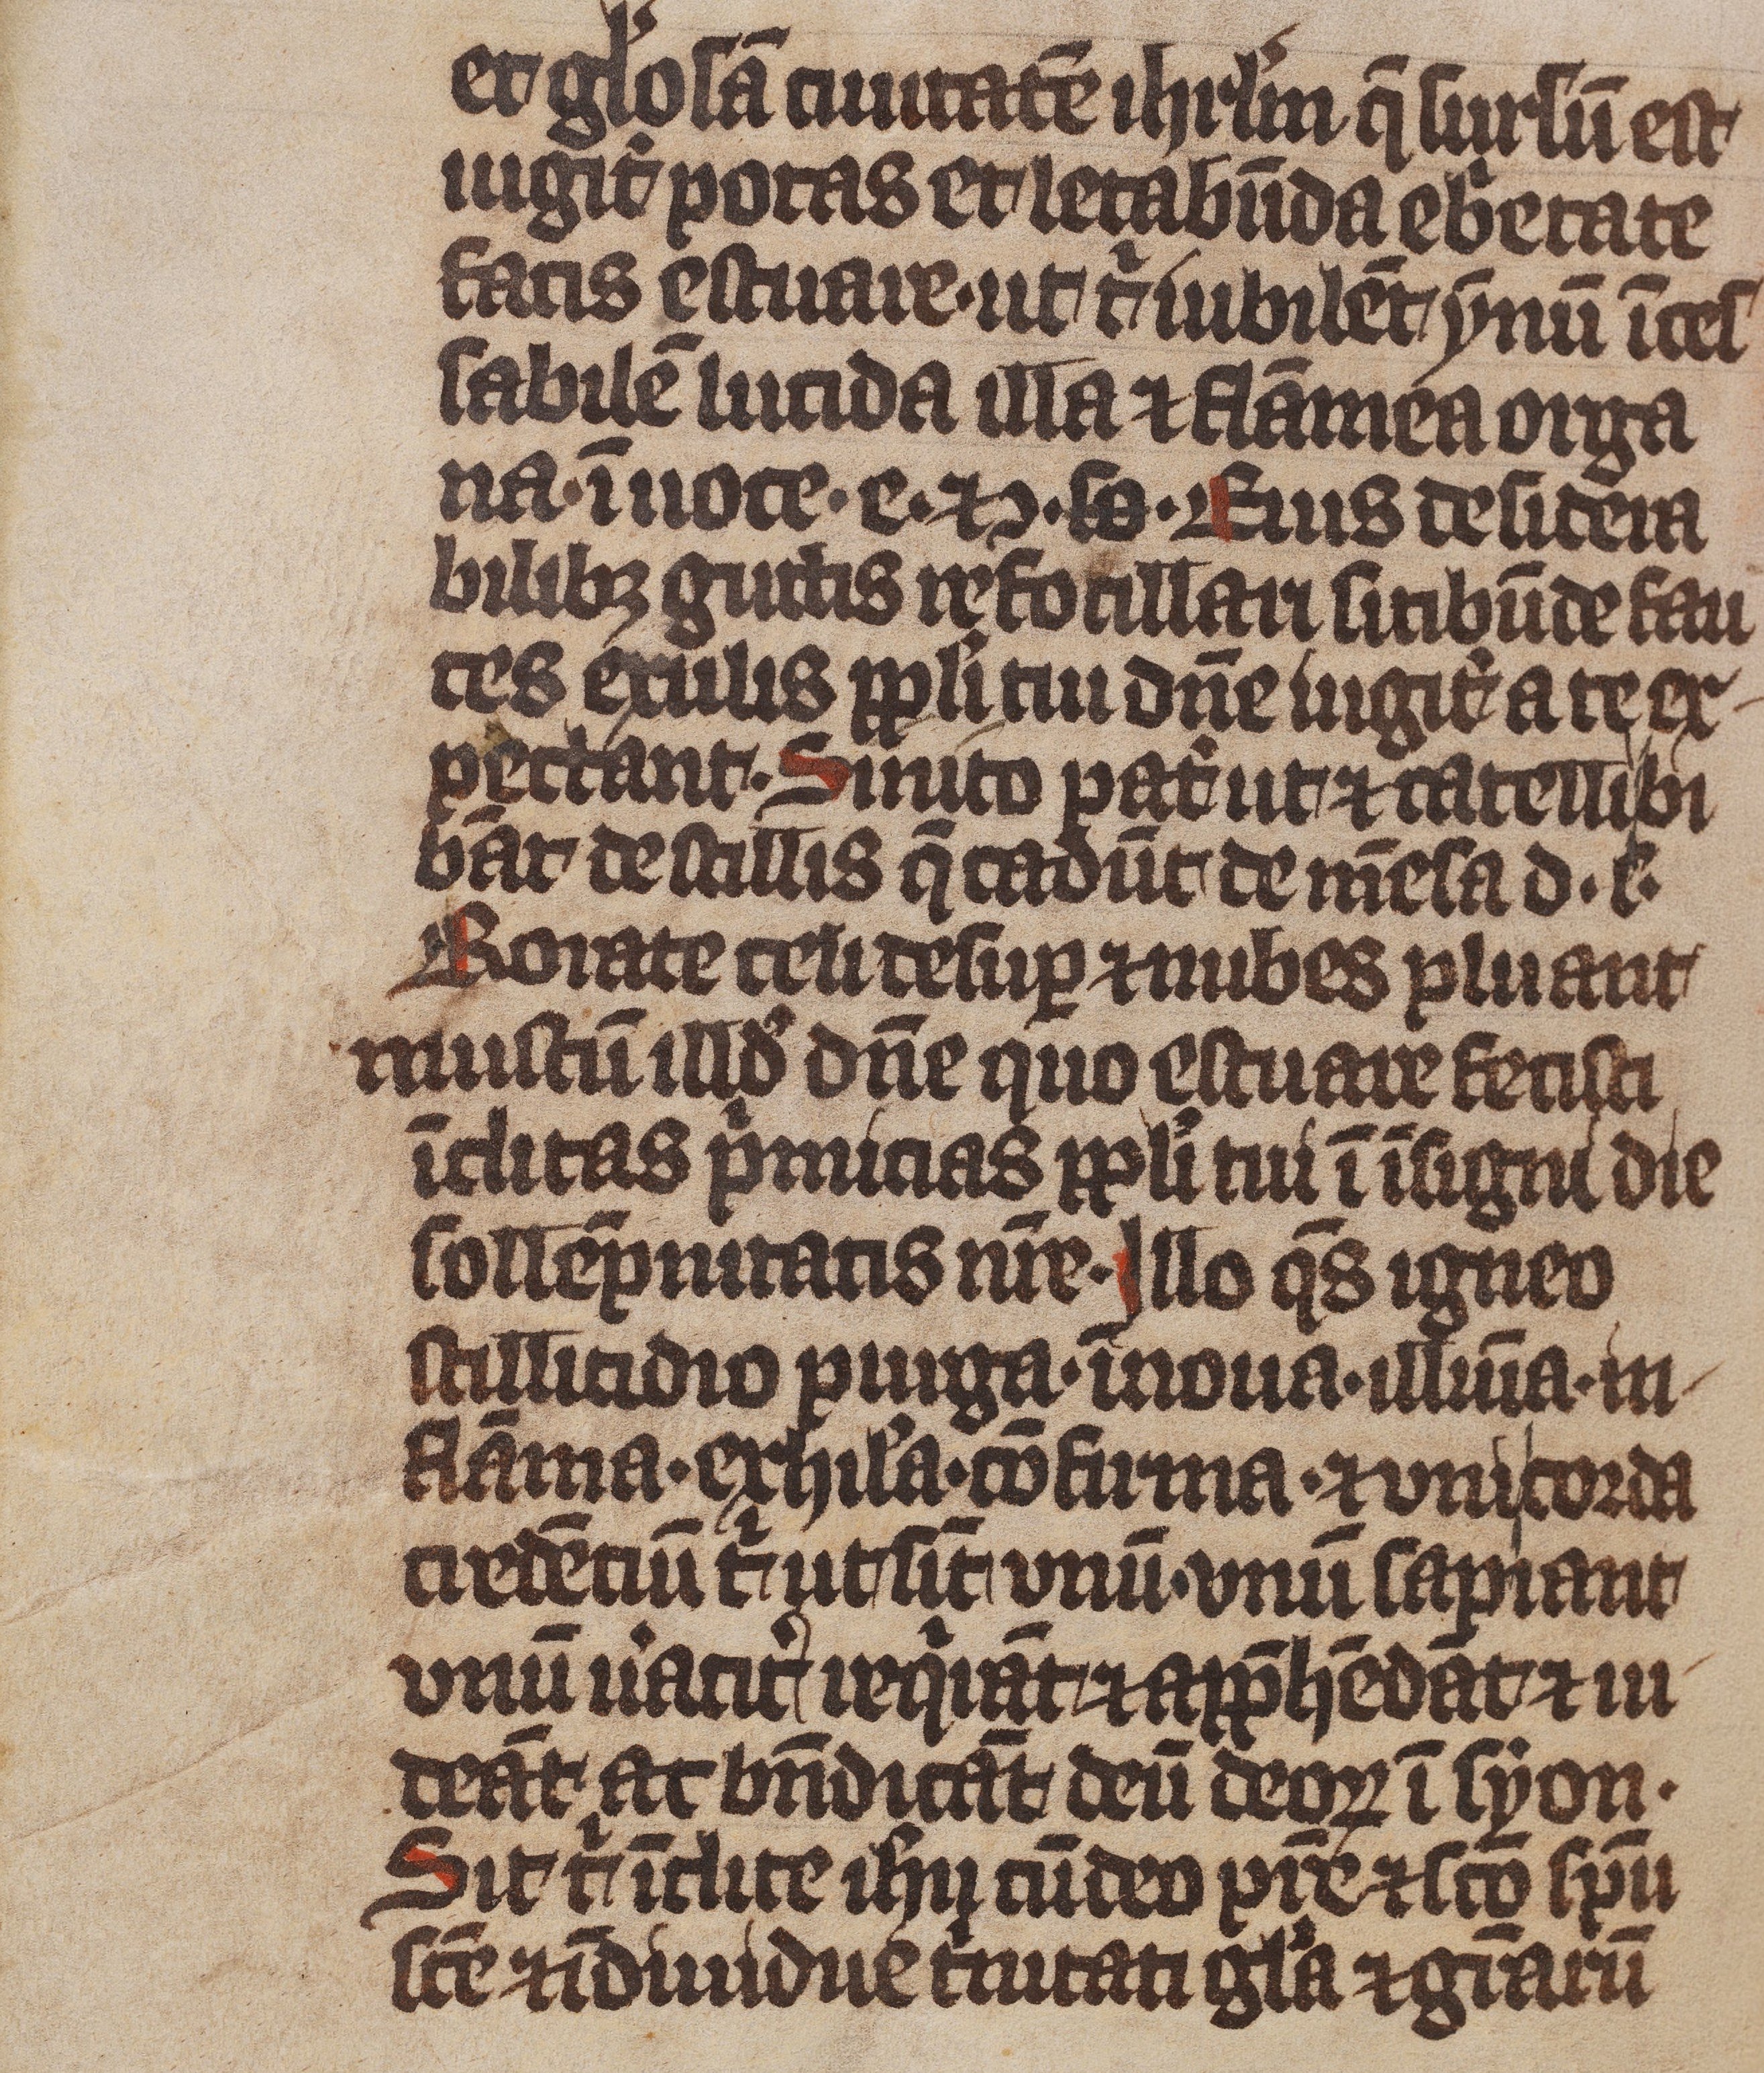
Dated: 1375–1499